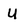
Character: u